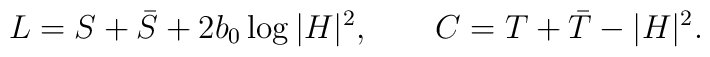
L=S+\bar{S}+2b_0\log|H|^2,\qquad C=T+\bar{T}-|H|^2.